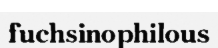
fuchsinophilous